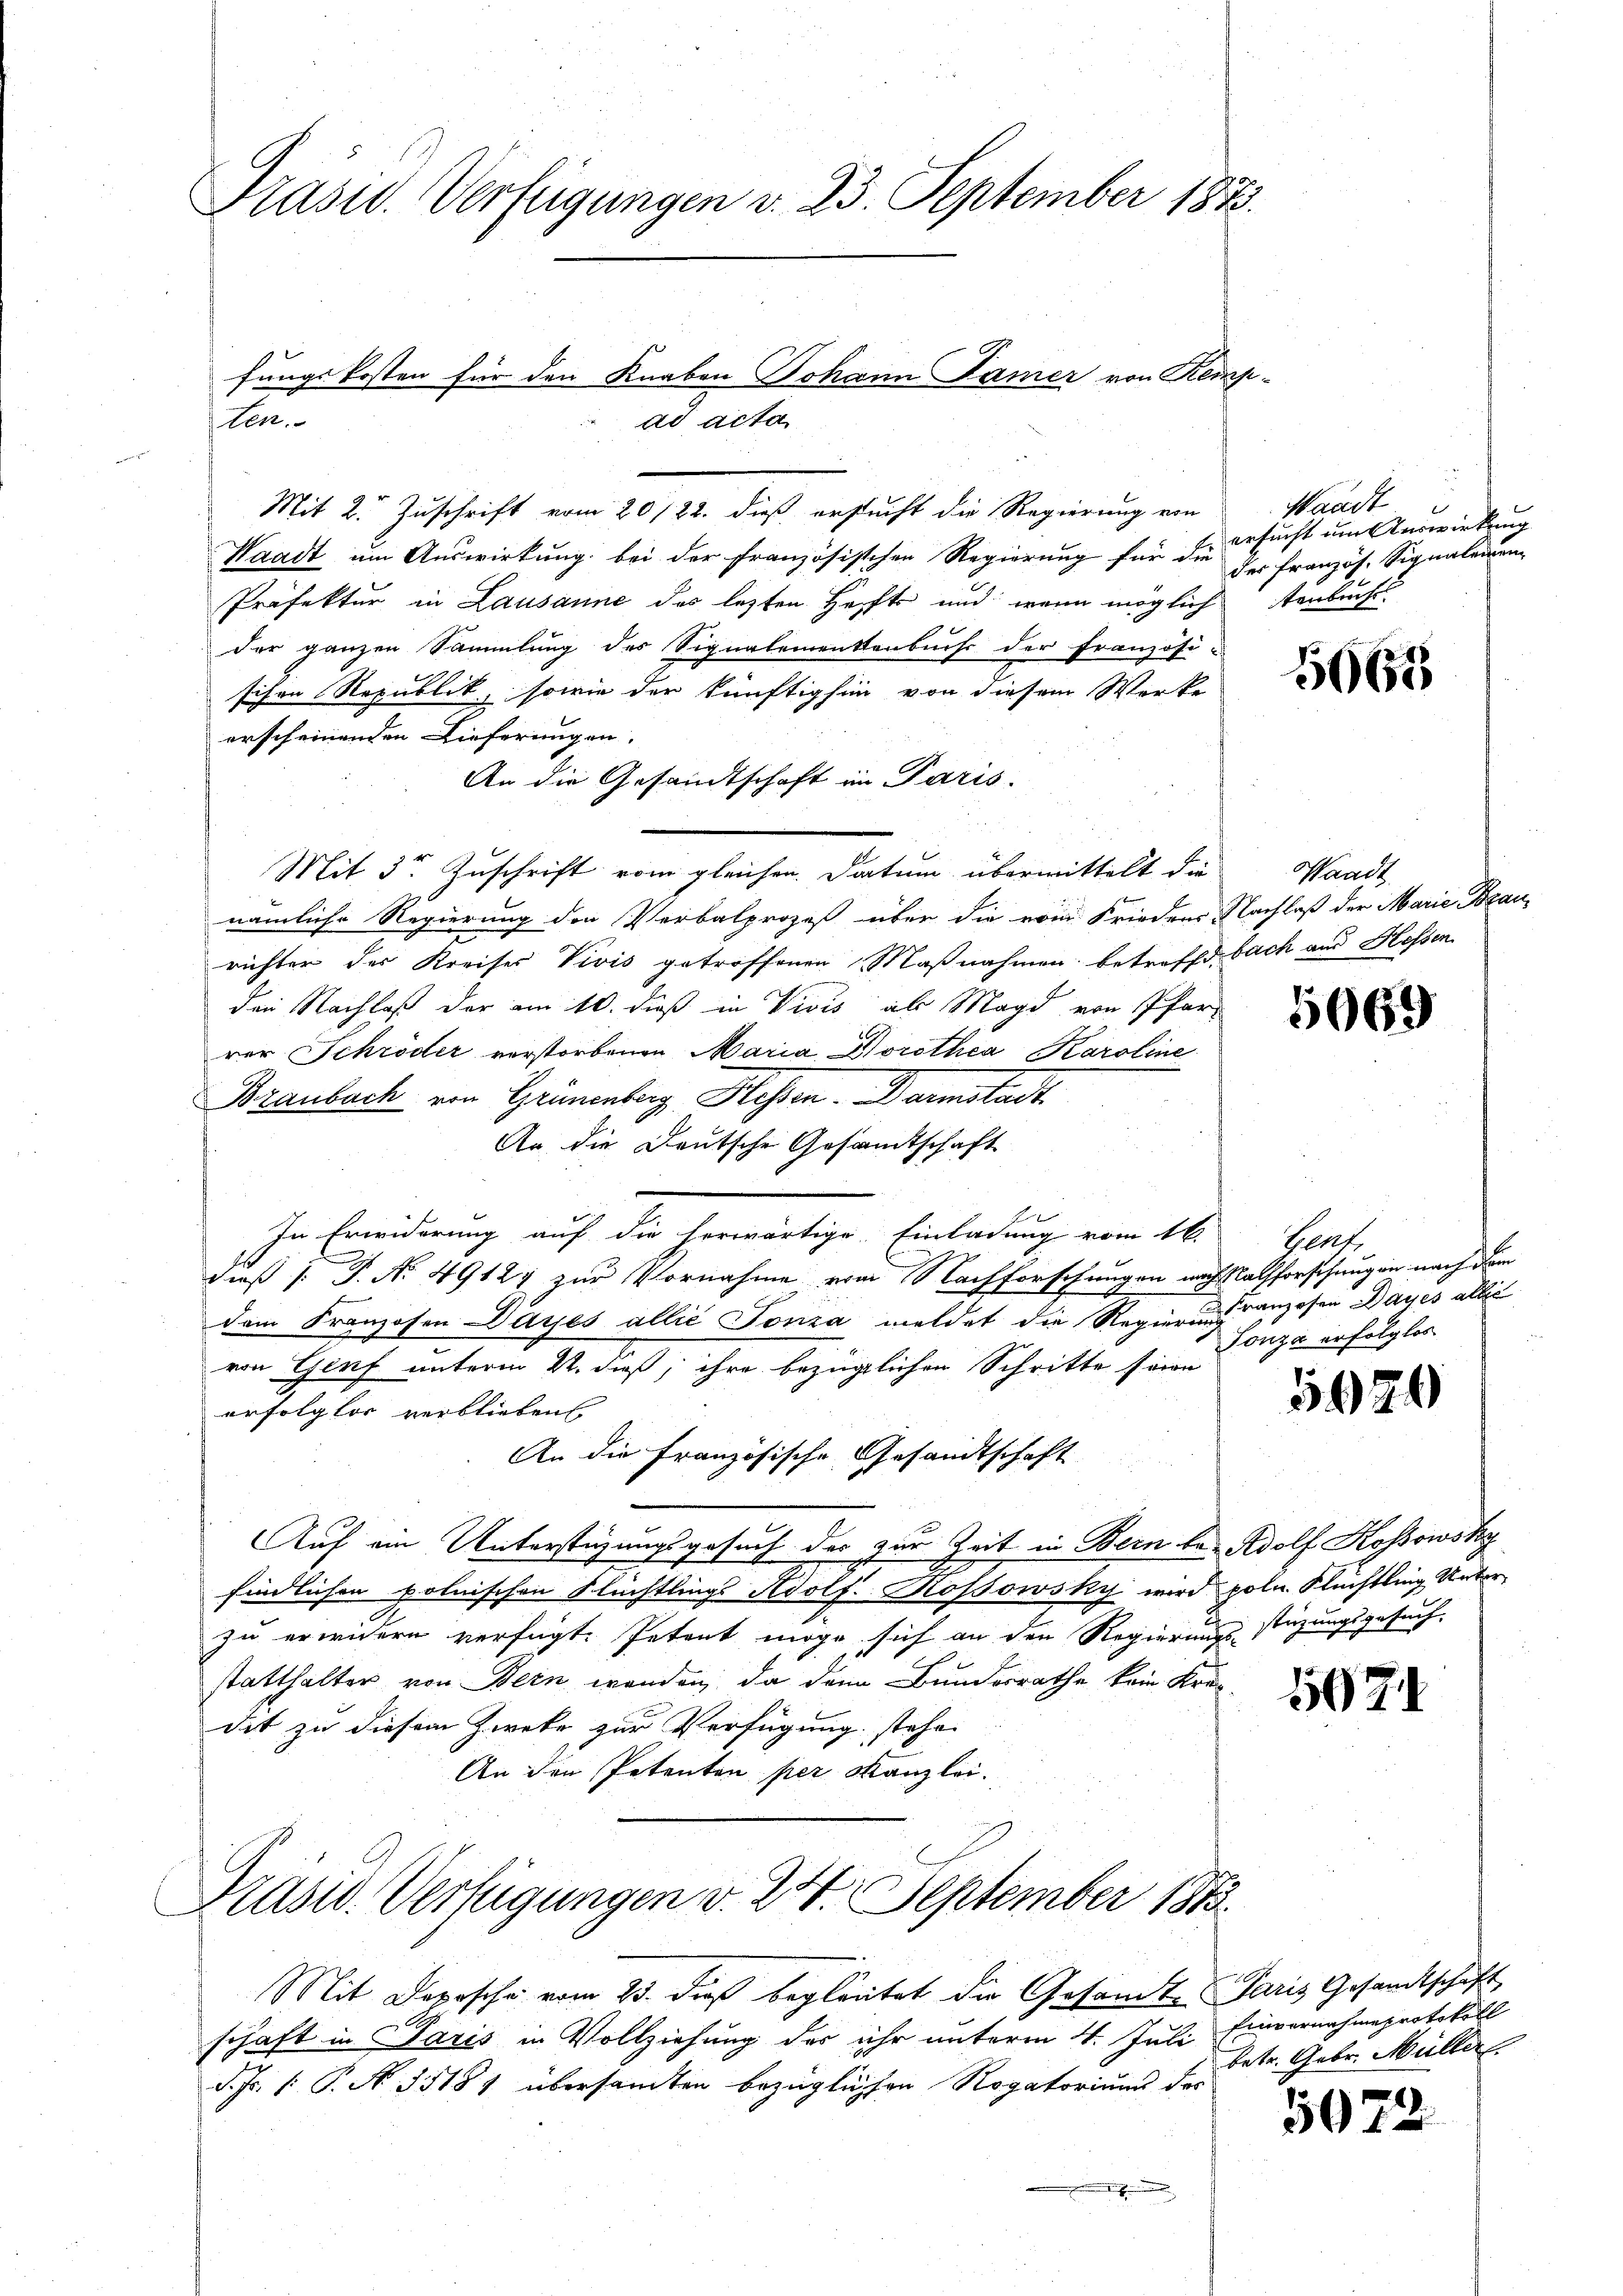
Präsid. Verfügungen v. 23. September 1873.

ten.

Mit 2. Zuschrift vom 20/22. dieß ersucht die Regierung von Waadt
Waadt um Auswirkung bei der französischen Regierung für die
Präfektur in Lausanne des lezten Hechts und wenn möglichenbuches
der ganzen Sammlung des Signalementenbuchs der Französi-
sichen Republik, sowie der künftighin von diesem Werke
erscheinenden Lieferungen.
An die Gesandtschaft in Paris.
Mit 3 Zuschrift vom gleichen Datum übermittelt die
nämliche Regierung den Verbalprozeß über die vom Friedens Nachlaß der Marie Brau
richter der Kreises Vivis getroffenen Maßnahmen betreffe bach aus Hessen
den Nachlaß der am 10. dieß in Vivis als Magd von Pfarr
rer Schröder verstorbenen Maria Dorothca Karoline
Braubach von Grünenberg Hessen. Darmstadt
An die Deutsche Gesandtschaft
In Erwiderung auch die herwärtige Einladung vom 16.
dieß P. Nr. 49124 zur Vornahme vom Nachforschungen nach Rathforschungen nach dem
dem Franzosen Dayes allié Tonia meldet die Regierungesen Dayes allis
von Genf unterm 4. dieß, ihre bezüglichen Schritte sein
erfolglos verblieben
An die Französische Gesandtschaft
Auf ein Unterstüzungsgesuch des zur Zeit in Bern be- Adolf Kossowsky
findlichen polnischen Flüchtlings Adolf. Rossowsky wird poln. Flüchtling Unterzu erwidern verfügt: Petent möge sich an den Regierungsstüzungsgesuch,
statthalter von Bern werden, da dann Bundesrathe kein Krei
dit zu diesem Zweke zur Verfügung stehe
An den Petenten per Kanzlei.

fungskosten für den Knaben Johann Jamer von Kempad acta

Präsid. Verfügungen v. 24. September 1873.

Mit Deposche vom 23. dieß begleutet die Gesandte Paris Gesandtschaft
schaft in Paris in Vollziehung des ihr unterm 4. Juli Einvernehmeprotokoll
d. Js. 1. P. N. 35181 übersandten bezüglichen Rogatoriums der

.

ersucht um Auswirkung
der französ. Signalemen

5665

Waadt

5669

Gent
Tonza erfolglos

5629

5071

betr. Gebr. Müller

5072.